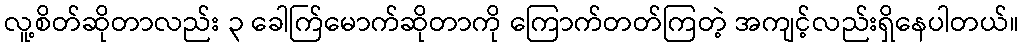
လူ့စိတ်ဆိုတာလည်း ၃ ခေါက်ြမောက်ဆိုတာကို ကြောက်တတ်ကြတဲ့ အကျင့်လည်းရှိနေပါတယ်။